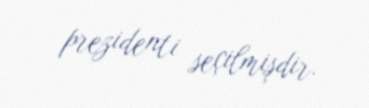
prezidenti seçilmişdir.